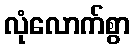
လုံလောက်စွာ